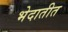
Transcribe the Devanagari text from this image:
भेदातीत